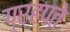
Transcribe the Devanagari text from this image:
ग्रहपते